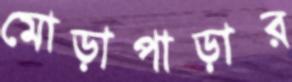
মোড়াপাড়ার